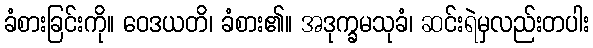
ခံစားခြင်းကို။ ဝေဒယတိ၊ ခံစား၏။ အဒုက္ခမသုခံ၊ ဆင်းရဲမှလည်းတပါး